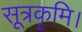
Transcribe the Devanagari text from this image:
सूत्रकृमि।